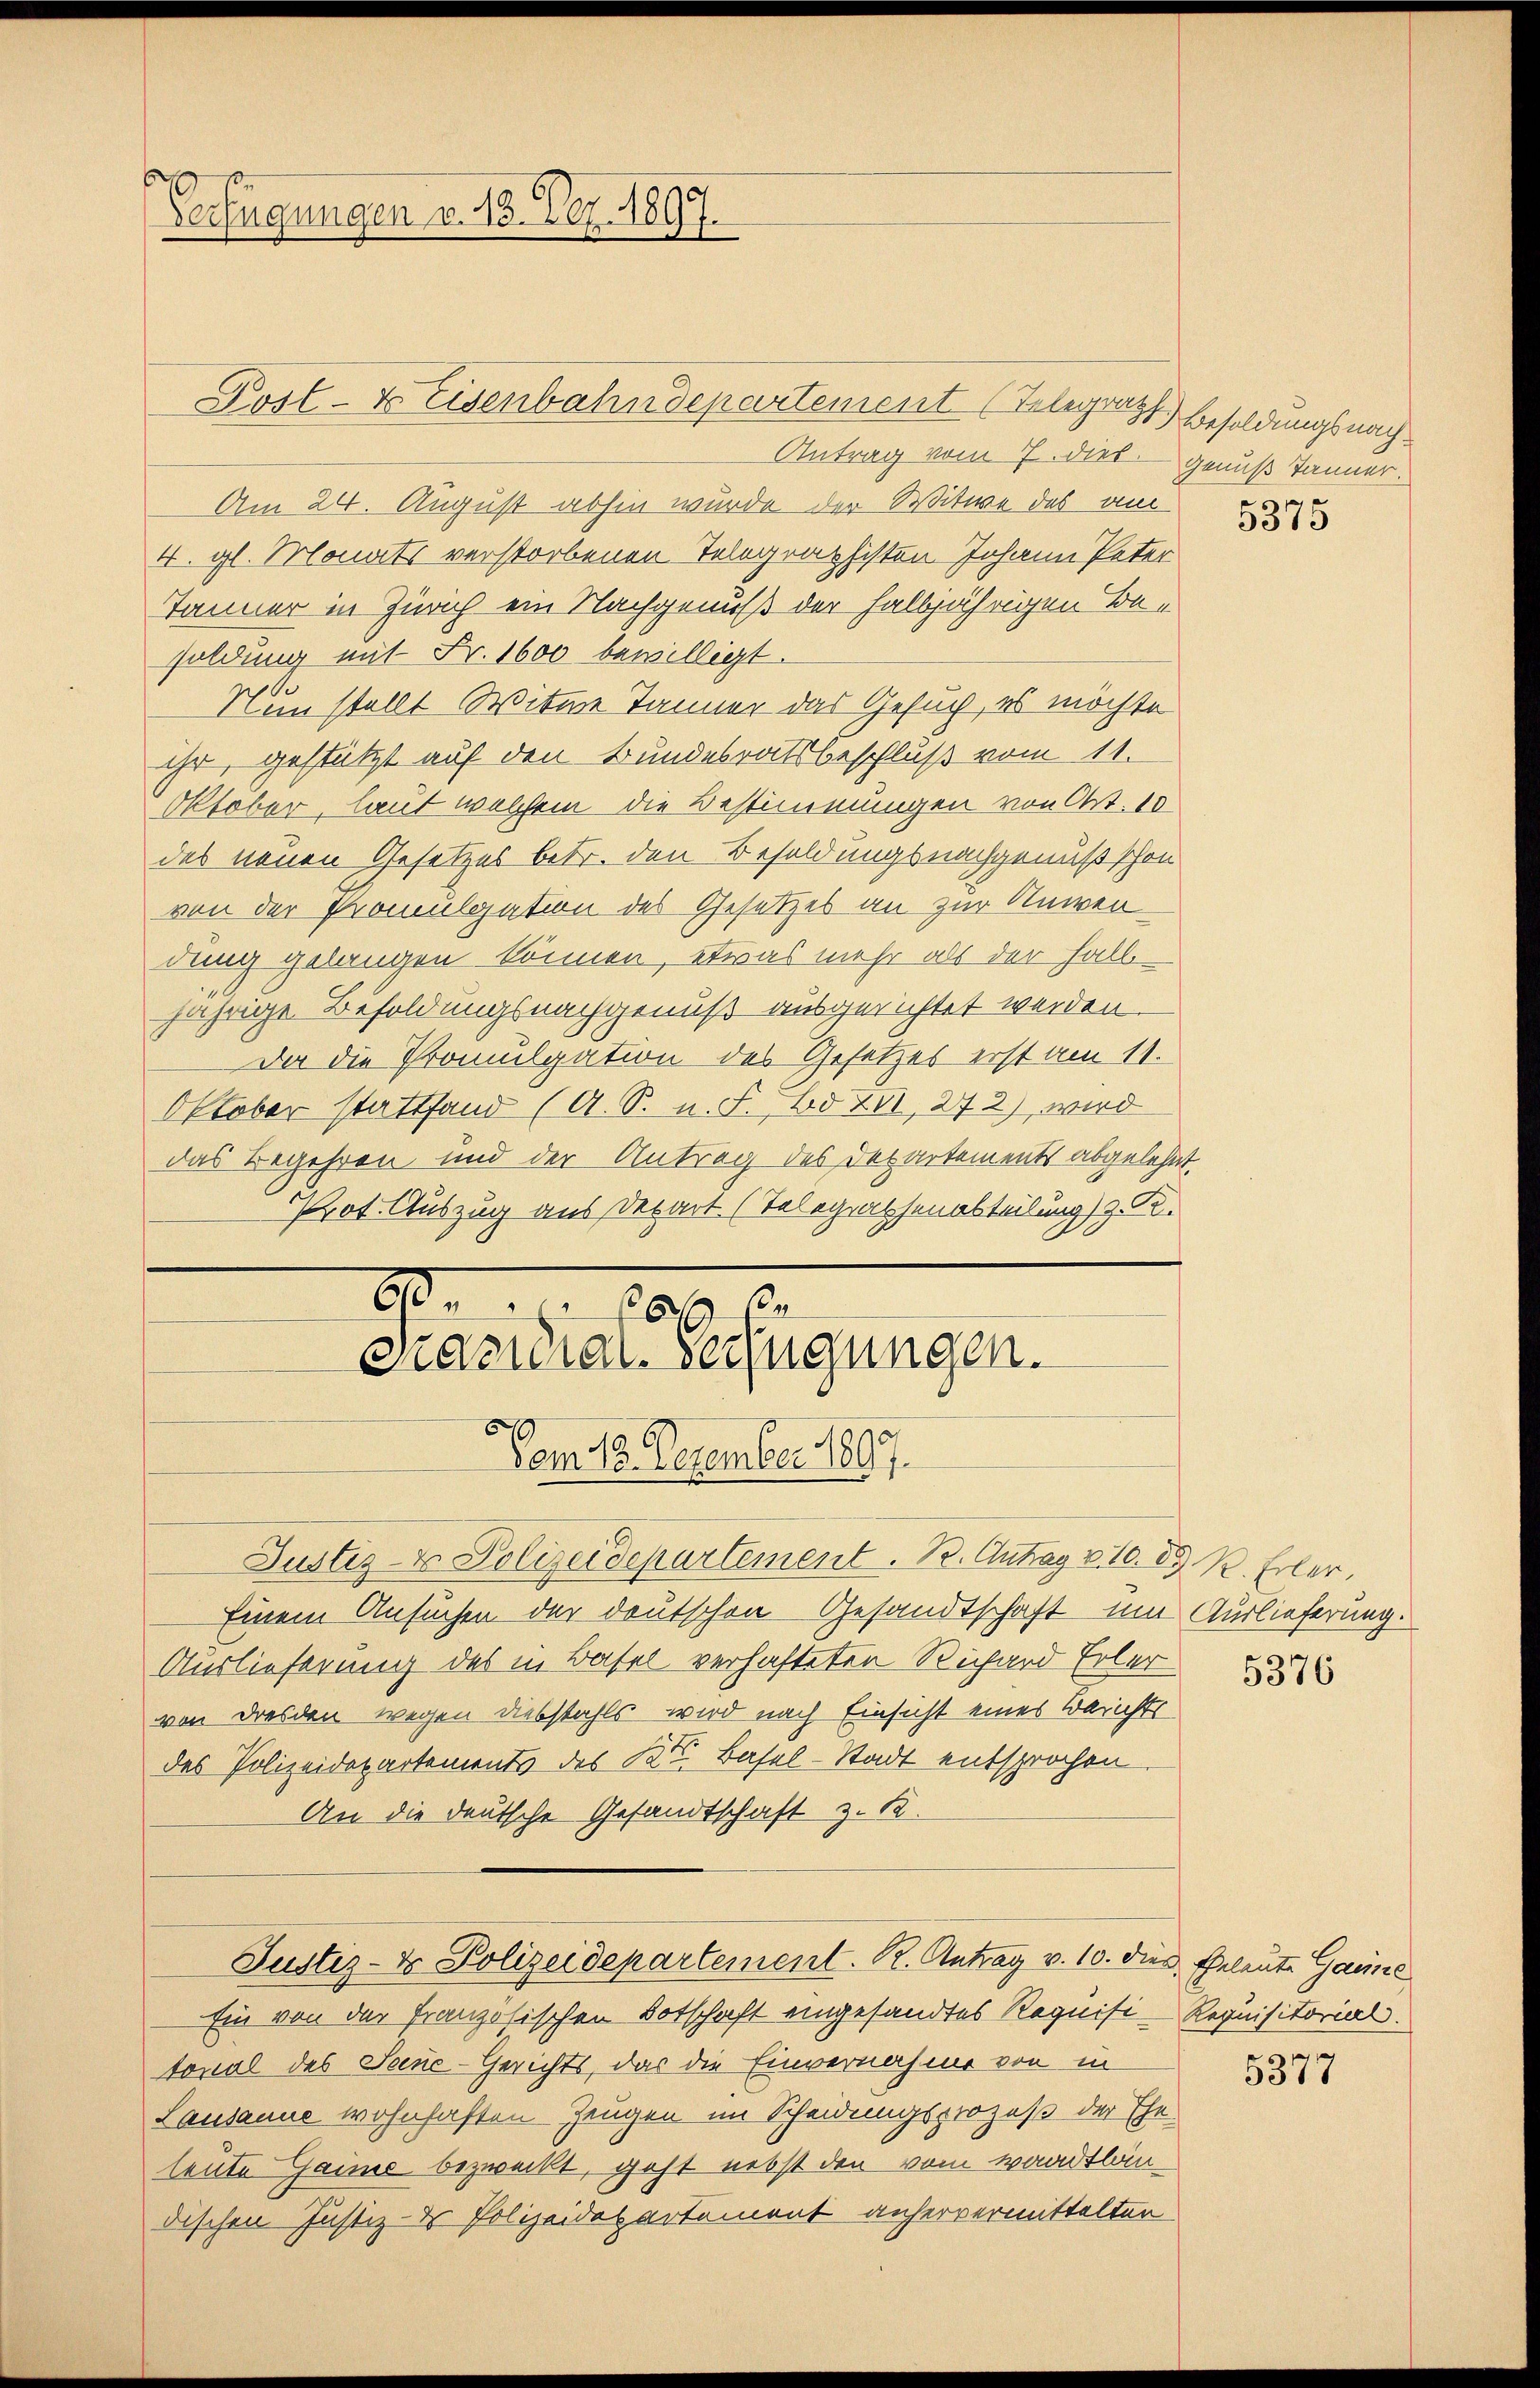
Post- & Eisenbahndepartement (Telegen Besoldungsnach¬
Antrag vom 7. dies genuß Jänner.
Am 24. August abhin wurde der Witwe des am
4. gl. Monats verstorbenen Telegraphisten Johann Peter
Tanner in Zürich ein Nachgenuß der halbjährigen Besoldung mit Fr. 1600 bewilligt.
Nun stellt Witwe Jänner das Gesuch, es möchte
ihr, gestützt auf den Bundesratsbeschluß vom 11.
Oktober, laut welchem die Bestimmungen von Obst. 10
des neuen Gesetzes betr. den Besoldungsnachgenuß schon
von der Promulgation des Gesetzes an zur Anwen
dung gelangen können, etwas mehr als der halb
jährige Besoldungsnachgenuß ausgerichtet werden.
Der die Promulgation des Gesetzes erst am 11.
Oktober stattfand (A. S. n. F. Bd. XII, 272) wird
das Begehren und der Antrag des Departements abgelehnt,
Prot. Auszug aus Depart (Telegraphenabteilung) z. R.
2
s
16

Verfügungen v. 18. Dez. 1897.

Justiz- & Polizeidepartement. B. Antrag v. 10. 89 R. Erler,
Einem Ansuchen der deutschen Gesandtschaft ein Auslieferung.
Auslieferung des in Basel verhafteten Richard Erler
von Dresden wegen Diebstahls wird nach Einsicht eines Berichts
des Polizeidepartements des Kt. Basel-Stadt entsprochen
An die deutsche Gesandtschaft z. 18.
Justiz- & Polizeidepartement. R. Antrag v. 10. dies Eheleute Gaune
Ein von der französischen Botschaft eingesandtes Requisi-Requisitorial.
tonal des Seeue-Gerichts, das die Einvernahme von in
Lausanne wohnhaften Zeugen im Scheidungsprozeß der Ehe-
leute Gaime bezweckt, geht nebst den vom Waadtlän
dischen Justiz- & Polizeidepartement anhervermittelten

Prandial-Verfügungen.
Vom 18. Dezember 1890.

5375

5376

5377